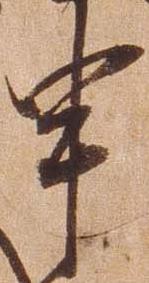
申